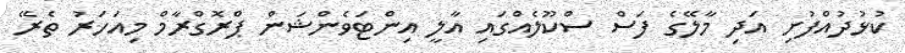
ކުޅުދުއްފުށި އަދި މާލޭގެ ފަސް ސްކޫލެއްގައި އާލީ އިންޓަވެންޝަން ޕްރޮގްރާމް މިއަހަރު ތެރޭ